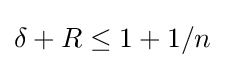
\delta +R\leq 1+1/n